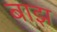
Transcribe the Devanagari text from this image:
बाझ